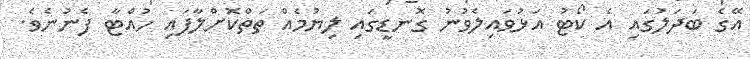
އޭގެ ބަދަލުގައި އެ ކޯޓު އަޅުވައިލެވުނު ގޮނޑީގައި ލިޔުމެއް ތަތްކޮށްލާފައި ހުއްޓާ ފެނުނެވެ.